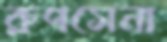
রুপসেনা